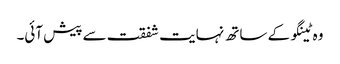
وہ ٹینگو کے ساتھ نہایت شفقت سے پیش آئی۔